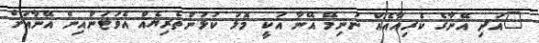
"އަދި އޭނާގެ ކެރިއާއެއް ނުނިމޭ އޭނާ އަކީ މޮޅު ކުޅުންތެރިޔެއް އެވަޓަންއިން އޭނާއަށް